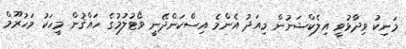
މަނިކު ވިދާޅުވީ އިލެކްޝަނުން މިއަދު އެންމެ އިސްކަންދޭނީ ވޯޓުލުމުގެ ހައްޤުން މީހަކު މަހުރޫމް